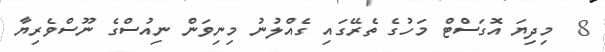
8  މިދިޔަ އޮގަސްޓް މަހުގެ ތެރޭގައި ގެއްލުނު މިނިވަން ނިއުސްގެ ނޫސްވެރިޔާ